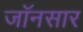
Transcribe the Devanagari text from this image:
जॉनसार